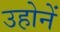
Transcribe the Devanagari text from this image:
उहोनें